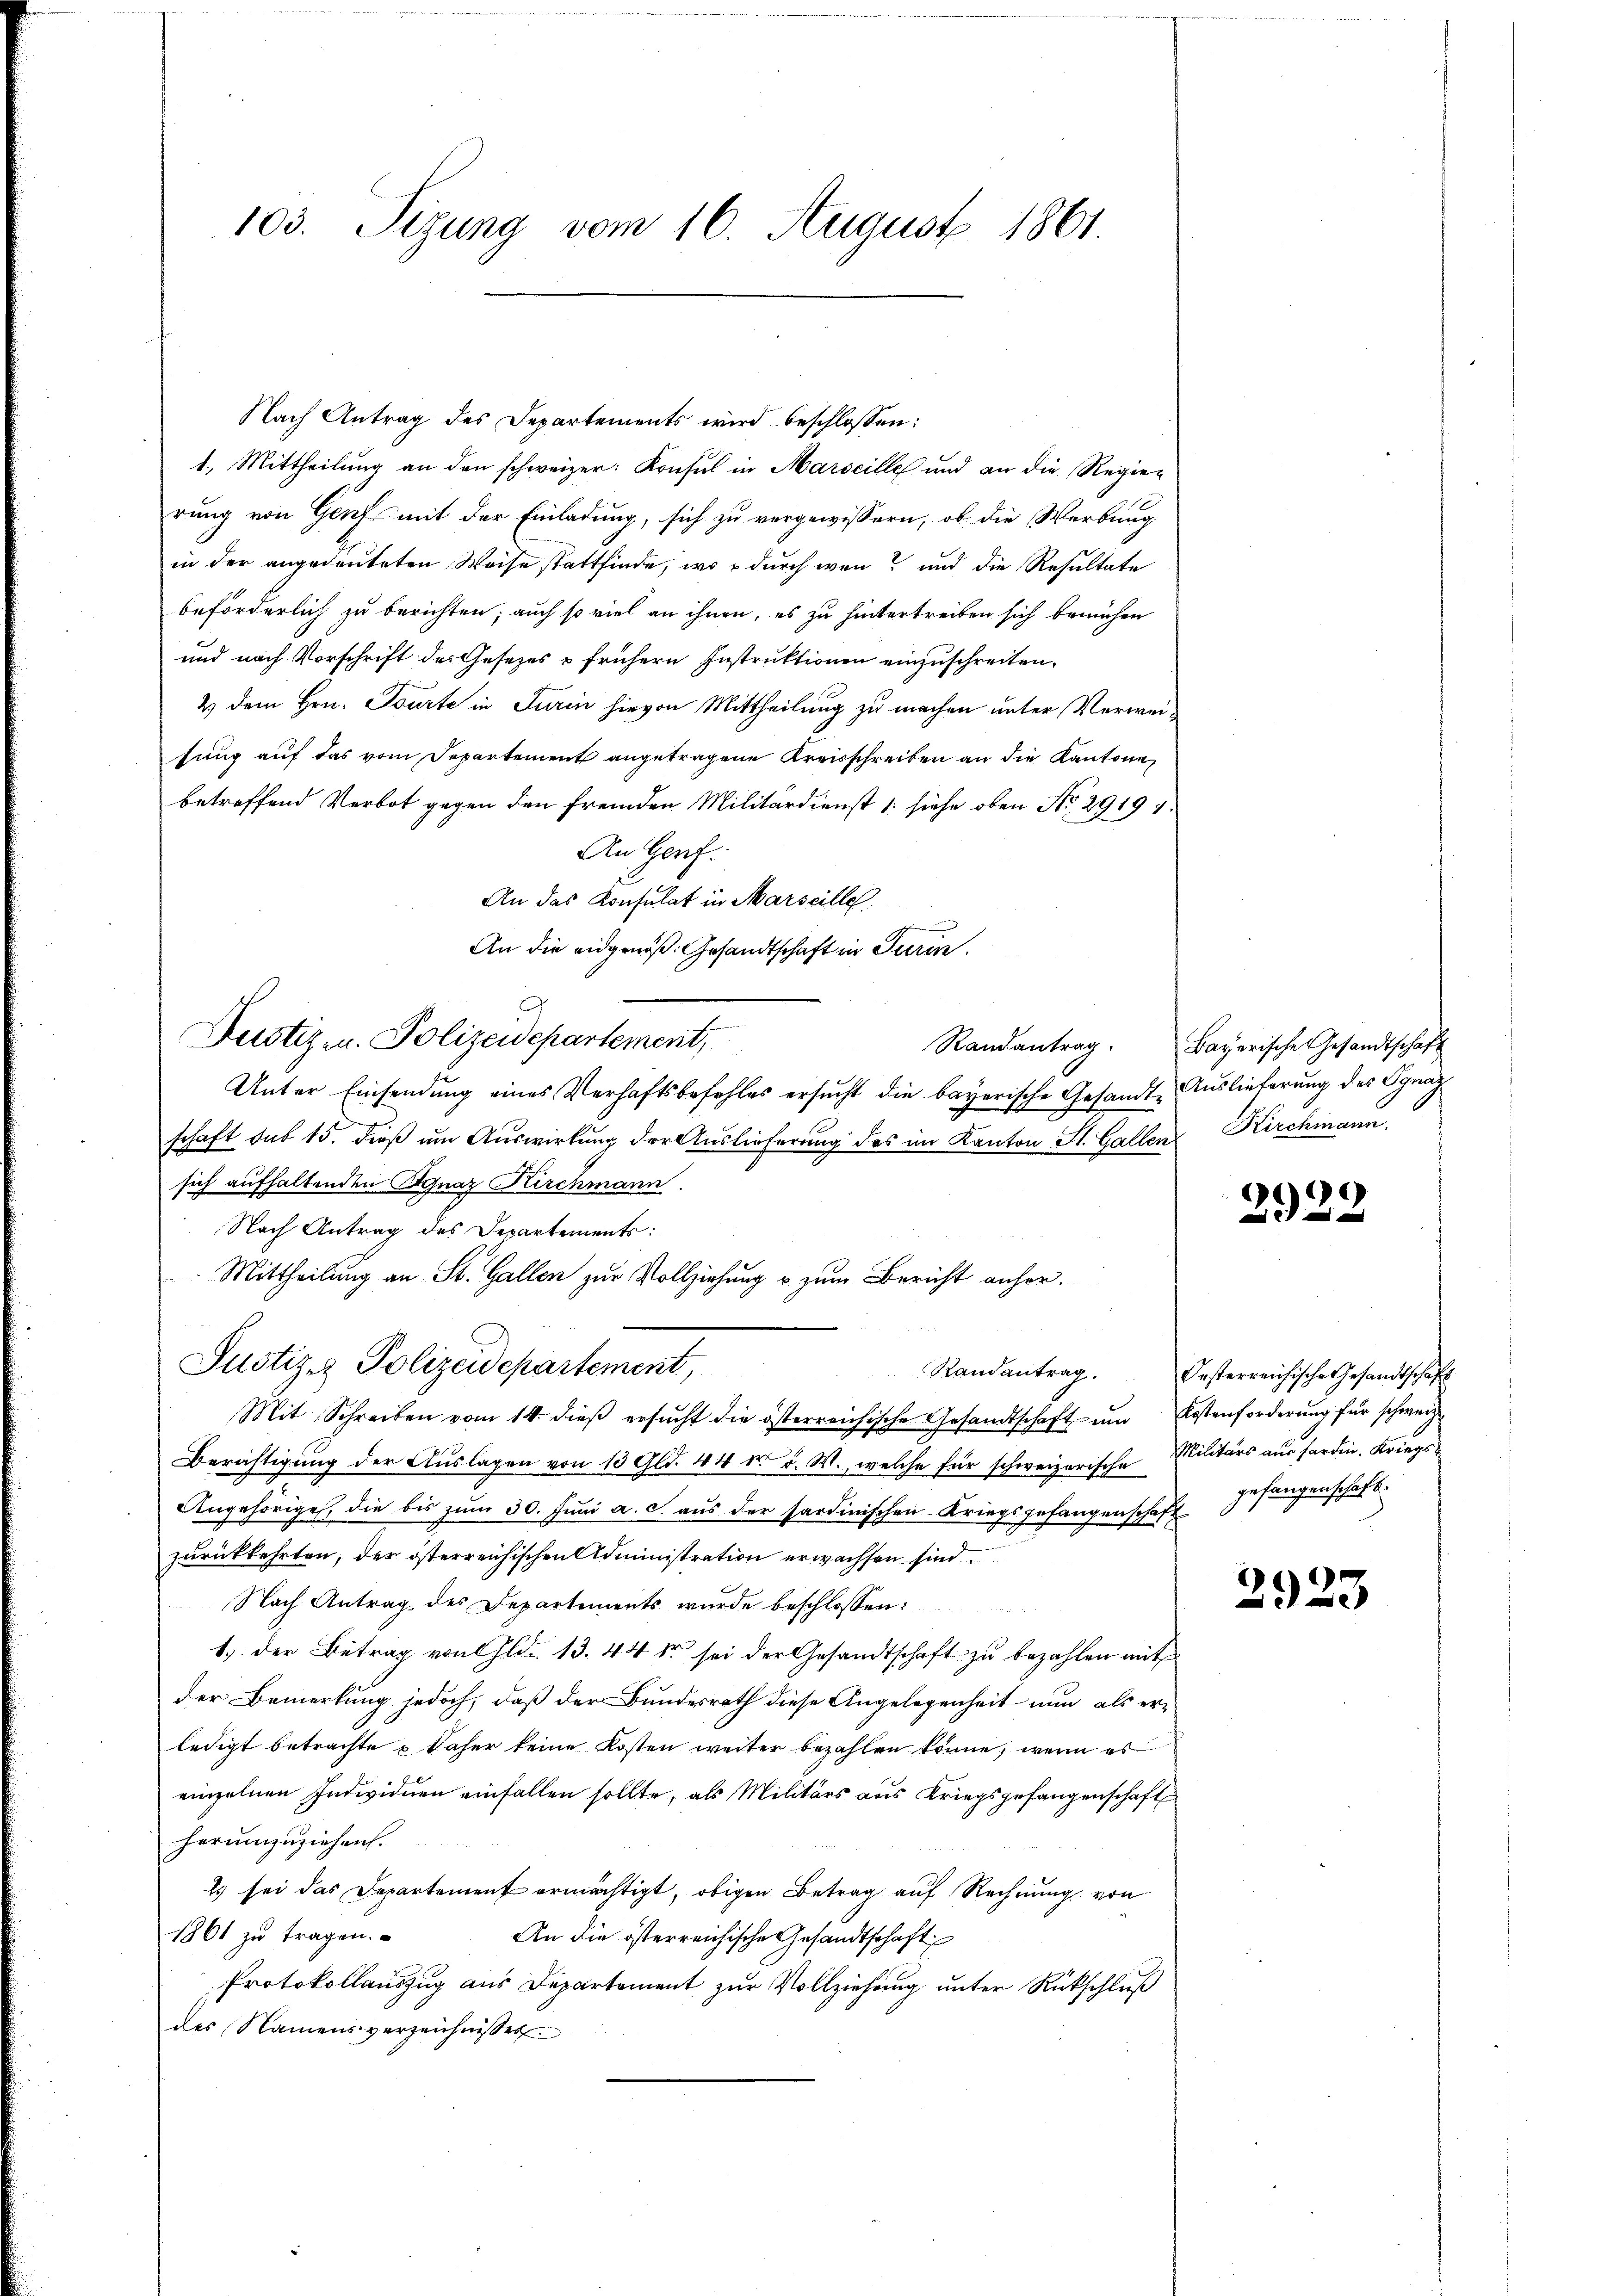
103. Sizung vom 16. August 1861.

Nach Antrag des Departements wird beschlossen:
1.) Mittheilung an den schweizer: Konsul in Marseille und an die Regierung von Genf mit der Einladung, sich zu vergewissern, ob die Werbung
in der angedeuteten Weise stattfinde, wo durch wenn und die Resultate
beförderlich zu berichten; auch so viel an ihnen, es zu hintertreiben sich bemühen
und nach Vorschrift des Gesetzes & frühern Instruktionen einzuschreiten.
2) dem Hrn. Tourte in Turin hievon Mittheilung zu machen unter Verweitung auf das vom Departement angetragene Kreisschreiben an die Kantone
betreffend Verbot gegen den fremden Militärdienst 1. siehe oben No. 29191.
An Genf.
An das Konsulat in Marseille.
An die eidgenöß: Gesandtschaft in Turin.
Unter Einsendung eines Verhaftsbefehles ersucht die bayerische Gesandte Auslieferung des Ignaz
schaft sub 15. dieß um Auswirkung der Auslieferung des im Kanton St. Gallen Kirchmann,
sich aufhaltenden Agnaz Kirchmann.
Nach Antrag des Departements:
Mittheilung an St. Gallen zur Vollziehung u. zum Bericht anher¬
Justiz & Polizeidepartement,
Mit Schreiben vom 14. dieβ ersŭcht die österreichische Gesandtschaft ŭm Kostenforderung für schweiz.
Berichtigung der Auslagen von 13 Gld. 44 d. d. M., welche für schweizerische Militärs aus forden. Kriegs¬
Angehöriges, die bis zum 30. Juni a. c. aus der sardinischen Kriegsgefangenschaft
zurückkehrten, der österreichischen Administration erwachsen sind
Nach Antrag des Departements wurde beschlossen:
1.) Der Betrag von Gld. 13. 44 er sei der Gesandtschaft zu bezahlen mit
der Bemerkung jedoch, daß der Bundesrath diese Angelegenheit nun als erledigt betrachte & daher keine Kosten weiter bezahlen könne, wenn es
einzelnen Individuen einfallen sollte, als Militärs aus Kriegsgefangenschaft
herumzuziehen.
2) sei das Departement ermächtigt, obigen Betrag auf Rechnung von
1861 zu tragen.
An die österreichische Gesandtschaft
Protokollauszug aus Departement zur Vollziehung unter Rückschluß
des Namensverzeichnisser

Dustiz u. Polizeidepartement,

Randantrag. Bayerische Gesandtschaft

2922

Randantrag. Oesterreichische Gesandtschaft
gefangenschaft.

2923